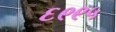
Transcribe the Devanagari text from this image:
६९९५